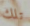
تلك